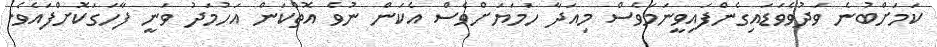
ކަމަށްބުނެ ވަދުވެވަޑައިގެންފައިވީނަމަވެސް މިއަދާ ހަމަޔަށްވެސް އެކަން ނުވެ އޮތްކަން އަހުމަދު ވަނީ ފާހަގަކޮށްފައެވެ.